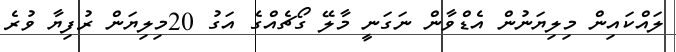
ލައްކައިން މިލިޔަނުން އެޑްވާން ނަގަނީ މާލޭ ގޯޗެއްގެ އަގު 20މިލިޔަން ރުފިޔާ ވުރެ